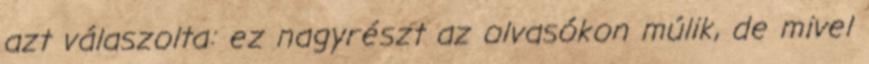
azt válaszolta: ez nagyrészt az olvasókon múlik, de mivel